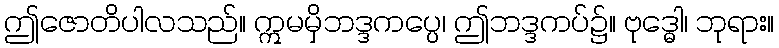
ဤဇောတိပါလသည်။ ဣမမှိဘဒ္ဒကပ္ပေ၊ ဤဘဒ္ဒကပ်၌။ ဗုဒ္ဓေါ၊ ဘုရား။